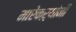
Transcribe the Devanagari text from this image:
मारेकऱ्यांनी